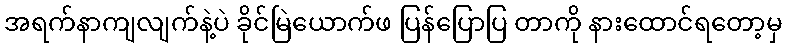
အရက်နာကျလျက်နဲ့ပဲ ခိုင်မြဲယောက်ဖ ပြန်ပြောပြ တာကို နားထောင်ရတော့မှ